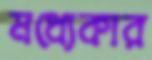
মধ্যেকার